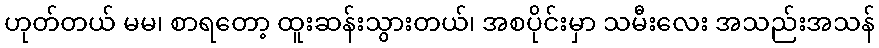
ဟုတ်တယ် မမ၊ စာရတော့ ထူးဆန်းသွားတယ်၊ အစပိုင်းမှာ သမီးလေး အသည်းအသန်